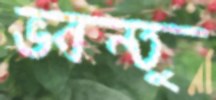
ভবন্তু